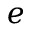
e